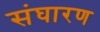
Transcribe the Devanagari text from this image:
संघारण